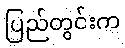
ပြည်တွင်းက